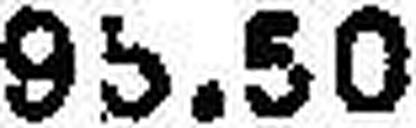
95.50